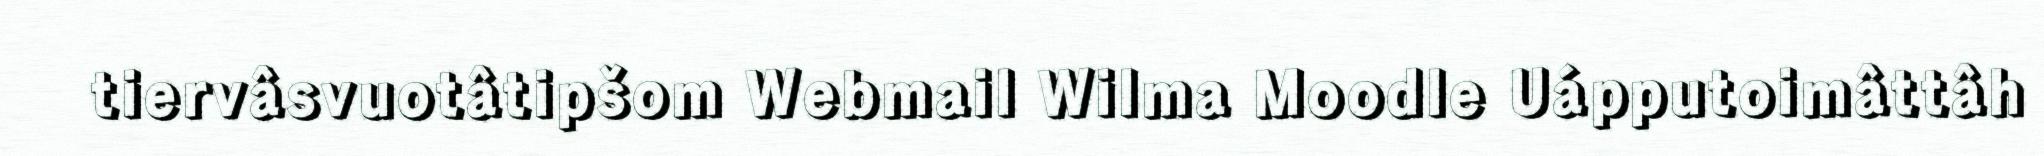
tiervâsvuotâtipšom Webmail Wilma Moodle Uápputoimâttâh